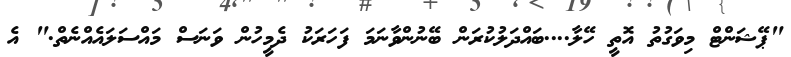
"ޕޭޝަންޓް މިވަގުތު އޮތީ ހޭލާ....ބައްދަލުކުރަން ބޭނުންވާނަމަ ފަހަރަކު ދެމީހުން ވަނަސް މައްސަލައެއްނެތް." އެ